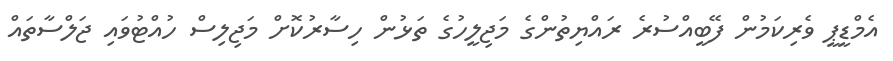
އެމްޑީޕީ ވެރިކަމުން ފޭބީއްސުރެ ރައްޔިތުންގެ މަޖިލީހުގެ ތަޅުން ހިސާރުކޮށް މަޖިލިސް ހުއްޓުވައި ޖަލްސާތައް